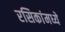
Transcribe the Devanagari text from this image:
रसिकांमध्ये